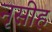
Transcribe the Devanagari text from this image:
नृसीह